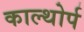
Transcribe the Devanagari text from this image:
काल्थोर्प